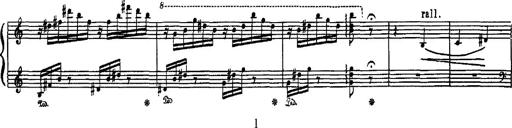
Title: Hungarian Rhapsody No.16
Composer: Franz Liszt
Key: A minor